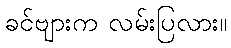
ခင်ဗျားက လမ်းပြလား။